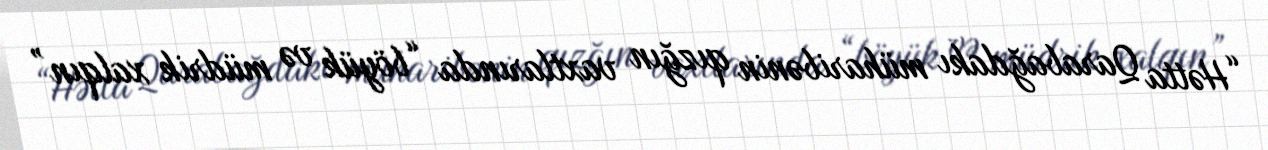
“Hətta Qarabağdakı müharibənin qızğın vaxtlarında “böyük və müdrik xalqın”